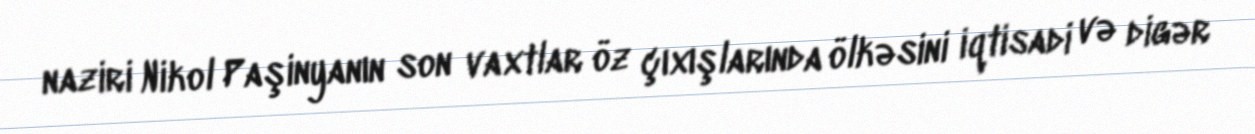
naziri Nikol Paşinyanın son vaxtlar öz çıxışlarında ölkəsini iqtisadi və digər